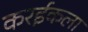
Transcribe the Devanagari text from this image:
करईकला